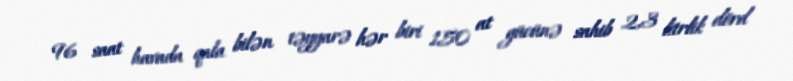
96 saat havada qala bilən təyyarə hər biri 150 at gücünə sahib 2,3 litrlik dörd